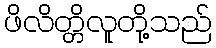
ဖိလိတ္တိလူတို့သည်